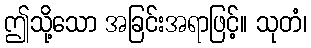
ဤသို့သော အခြင်းအရာဖြင့်။ သုတံ၊